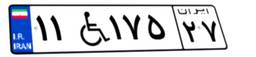
۱۱W۱۷۵۲۷